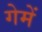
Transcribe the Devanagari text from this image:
गेमें